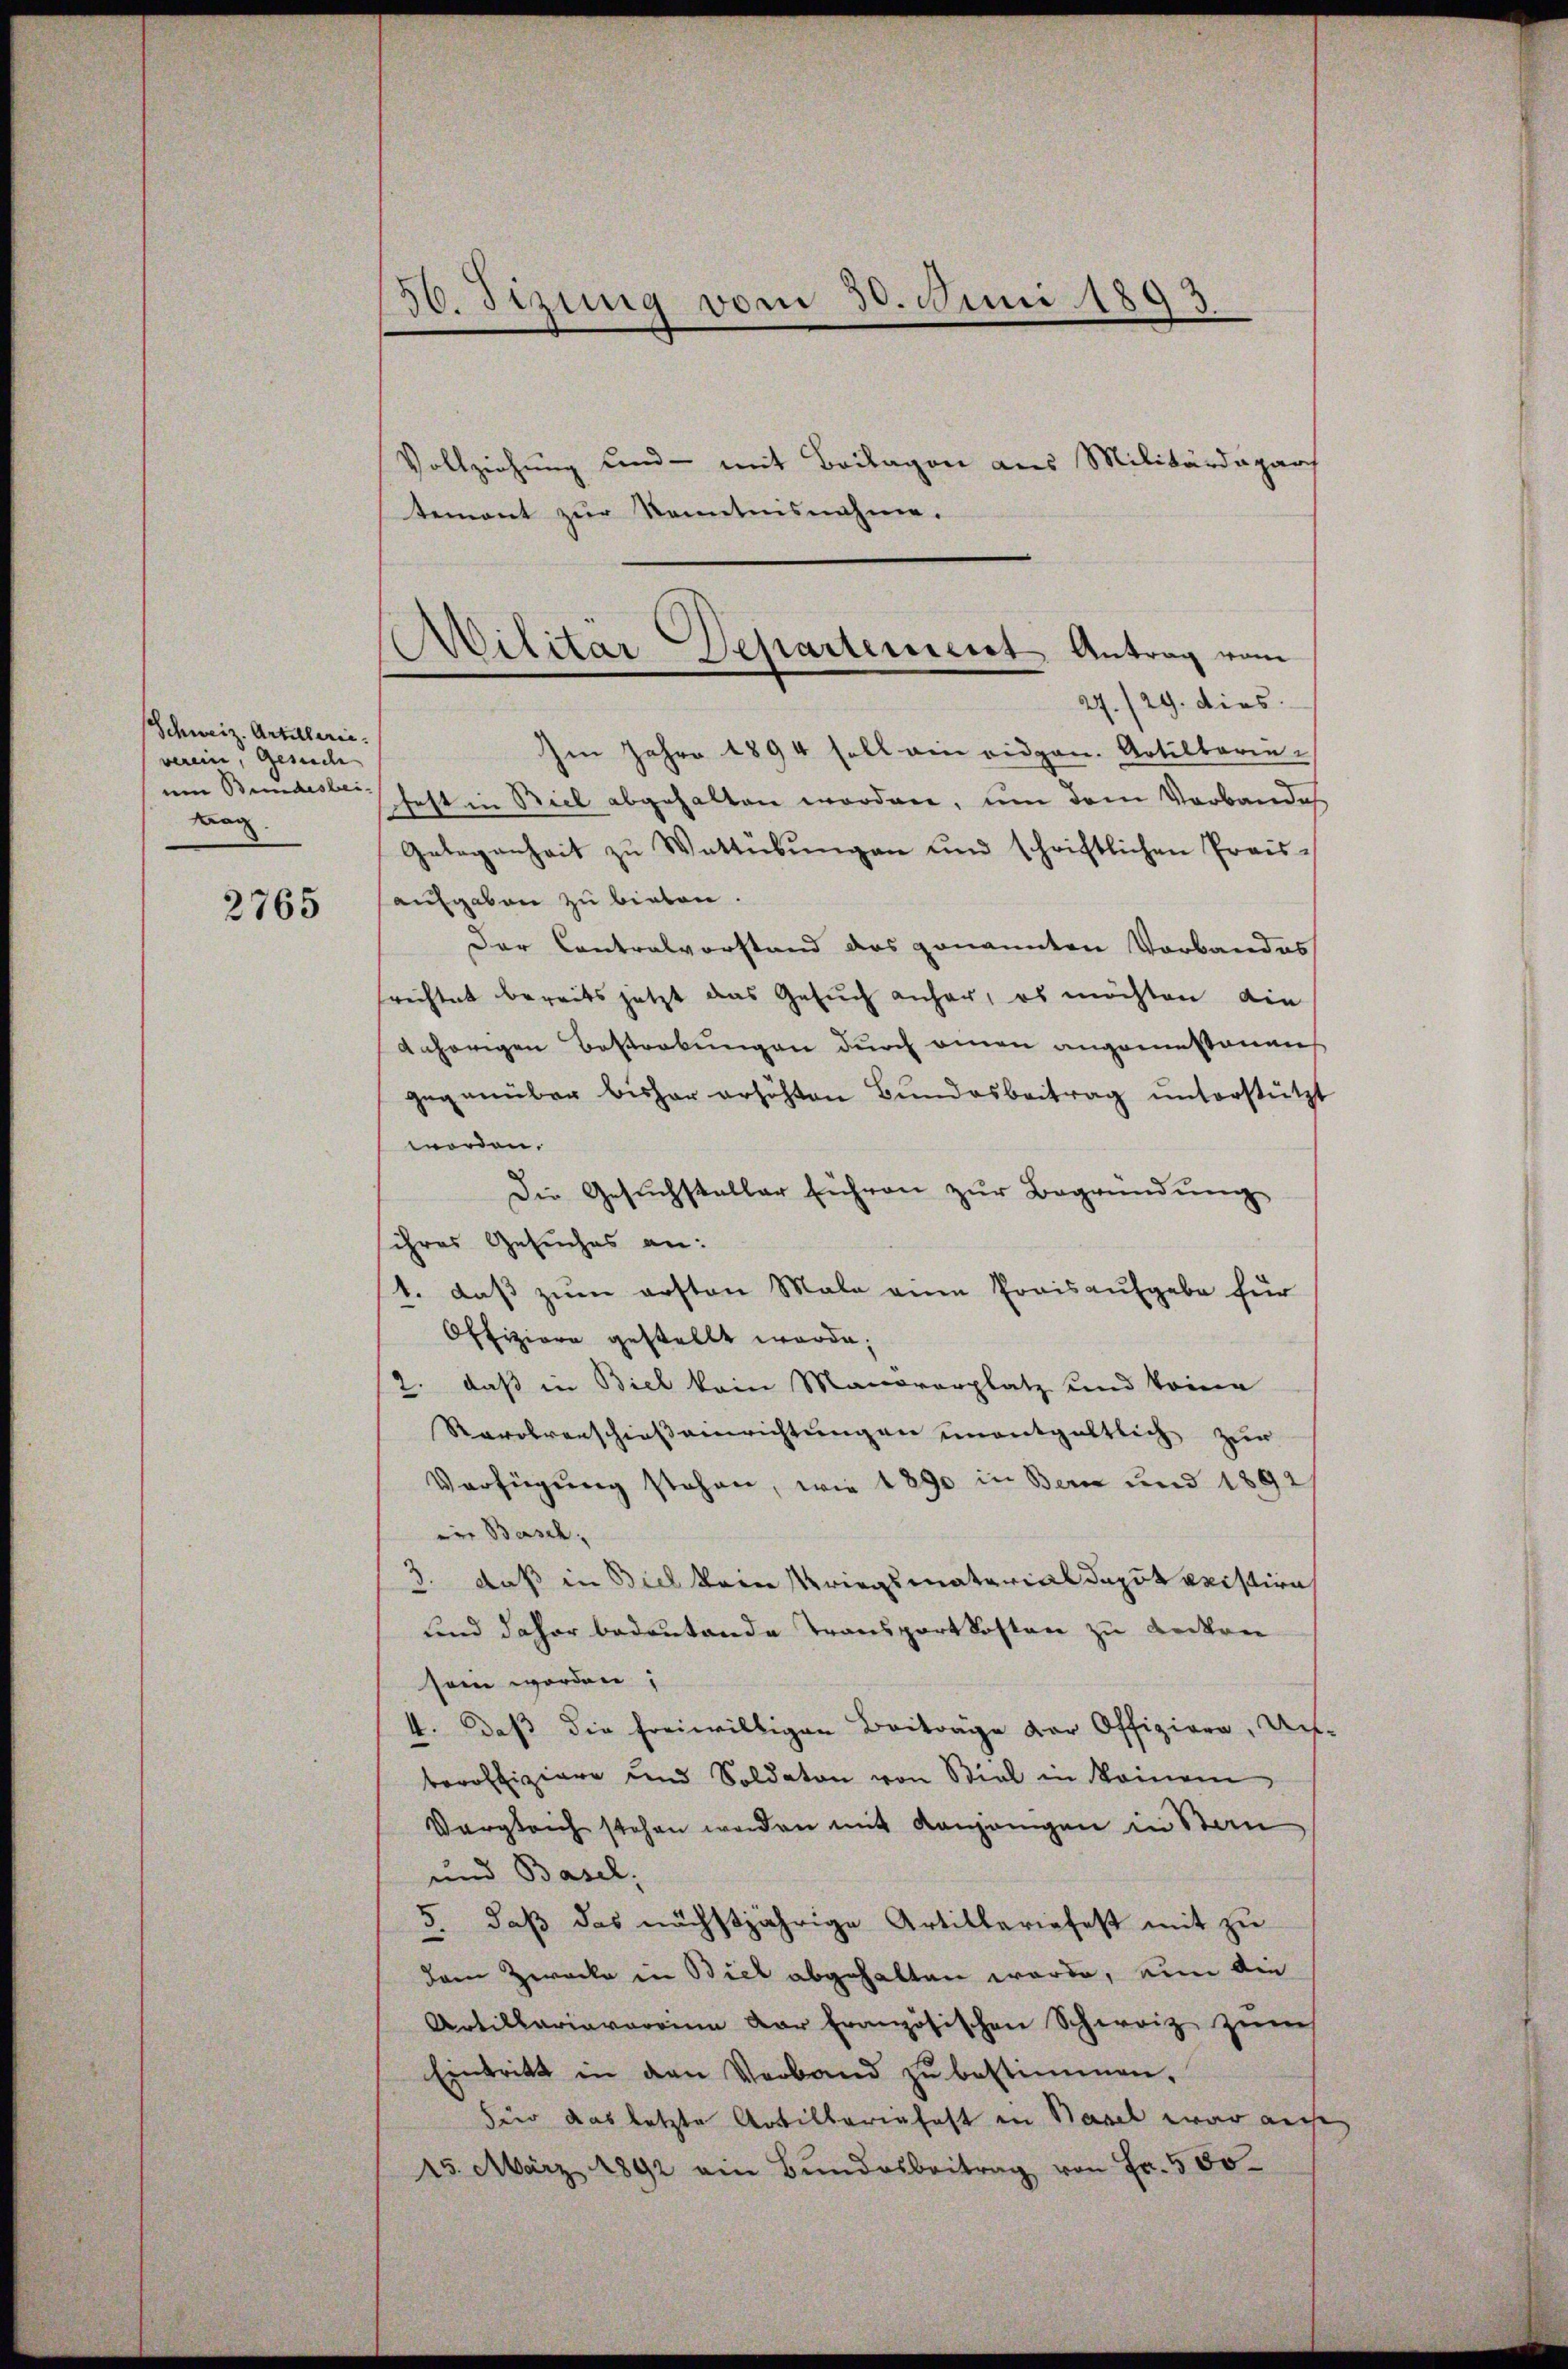
Schweiz. Artillarii.
verein, Gesuche
em Bundesbeiwag

2765

56. Sizung vom 30. Juni 1893

Vollziehung und - mit Beilagen aus Militärdeparch
tement zŭr Kenntnisnahme.
Im Jahre 1894 soll ein eidgen. Artilbaren-
fest in Biel abgehalten worden, um dem Vorbandes
Gelegenheit zŭ Wattübŭngen und schriftlichen Preis-
aufgaben zu bieten.
Der Contralvorstand das genannten Vorbandes
frechtet bereits jetzt das Gesuch anhar, es möchten die
Anhörigen Bestrebungen durch einen angemestenan
gegenüber bisher erhöhten Bundesbeitrag unterstützt
worden.
Die Gesuchsteller führen zŭr Begründung
ihres Gesuches an:
1. daß zum ersten Male eine Preisaufgabe für
Offiziere gestellt werde;
2. daß in Biel kein Manovorplatz und keine
Rarohrenschießeinrichtungen unentgeltlich zur
Verfügung stehen, wie 1890 in Bern und 1892
ein Basch,
3. daß in Biel kein Kriegsmaterial depoteristire
und daher bedeutende Transportkosten zu decken
sein worden;
4. Daß die freiwilligen Beitrage der Offiziere, Un-
beroffiziere und Soldaten von Stiel in keinem
Vergleich stehen werden mit Kanzengen in Stan
und Basel.
5. daβ das nächstjährige Artilleriefest mit zŭ
dem Zwecke in Biel abgehalten werde, nun die
Artillariavarium der französischen Schweiz zum
Eintritt in den Verband zŭ bestimmen.
fuer das letzte Artillariafast in Basel war auche
15. März 1892 ein Bŭndesbeitrag von Fr. 500

Militär Departement Antrag vom
27./29. dies